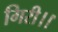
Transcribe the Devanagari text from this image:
गिरी।।